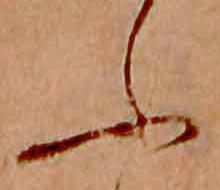
ふ